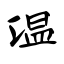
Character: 温